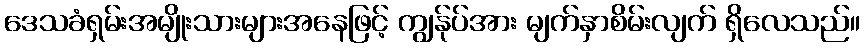
ဒေသခံရှမ်းအမျိုးသားများအနေဖြင့် ကျွန်ုပ်အား မျက်နှာစိမ်းလျက် ရှိလေသည်။